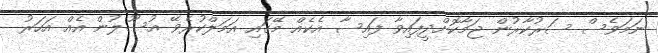
ނަމަވެސް ސަރުކާރުން ޖަމާކޮށްދީފައިވާ ފައިސާ އެކެއް މޭގައި އަމަލްކުރެވޭ އުސޫލުން އެއް އަހަރު